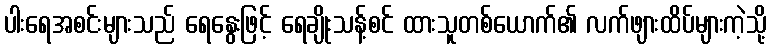
ပါးရေအစင်းများသည် ရေနွေးဖြင့် ရေချိုးသန့်စင် ထားသူတစ်ယောက်၏ လက်ဖျားထိပ်များကဲ့သို့